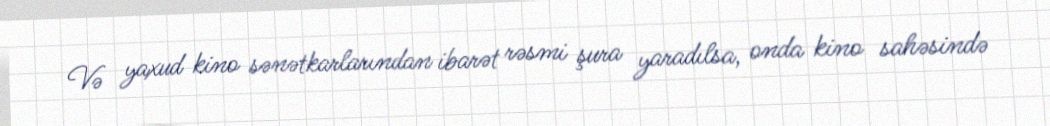
Və yaxud kino sənətkarlarından ibarət rəsmi şura yaradılsa, onda kino sahəsində